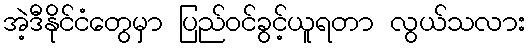
အဲ့ဒီနိုင်ငံတွေမှာ ပြည်ဝင်ခွင့်ယူရတာ လွယ်သလား